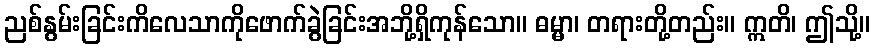
ညစ်နွမ်းခြင်းကိလေသာကိုဖောက်ခွဲခြင်းအဘို့ရှိကုန်သော။ ဓမ္မာ၊ တရားတို့တည်း။ ဣတိ၊ ဤသို့။